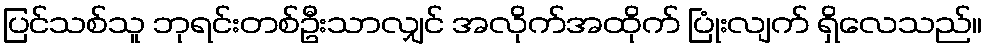
ပြင်သစ်သူ ဘုရင်းတစ်ဦးသာလျှင် အလိုက်အထိုက် ပြုံးလျက် ရှိလေသည်။